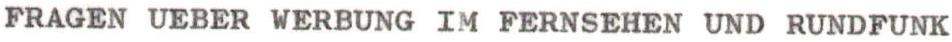
FRAGEN UEBER WERBUNG IM FERNSEHEN UND RUNDFUNK